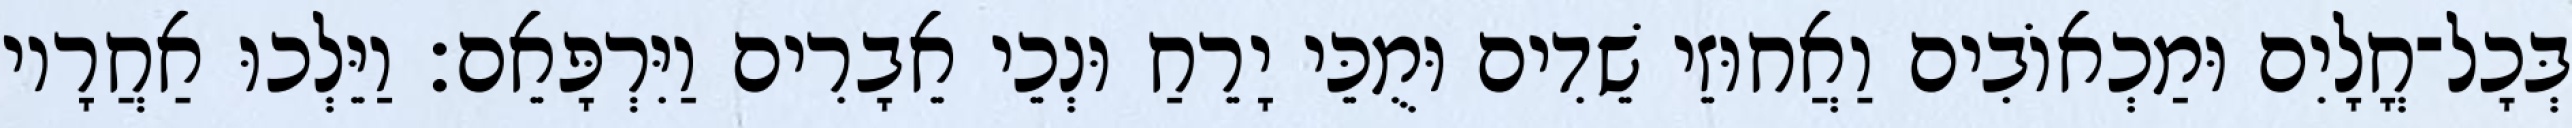
בְּכָל־חֳלָיִם וּמַכְאוֹבִים וַאֲחוּזֵי שֵׁדִים וּמֻכֵּי יָרֵחַ וּנְכֵי אֵבָרִים וַיִּרְפָּאֵם׃ וַיֵּלְכוּ אַחֲרָיו